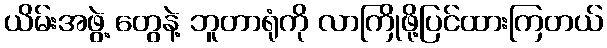
ယိမ်းအဖွဲ့ တွေနဲ့ ဘူတာရုံကို လာကြိုဖို့ပြင်ထားကြတယ်